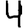
Digit: 4